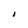
Character: I